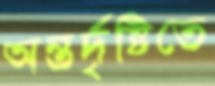
অন্তর্দৃষ্টিতে